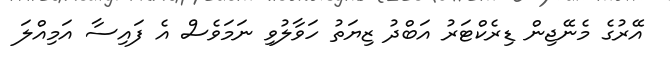
އޭރުގެ މެނޭޖިން ޑިރެކްޓަރު އަބްދު ޒިޔަތު ހަވާލުވި ނަމަވެސް އެ ފައިސާ އަމިއްލަ